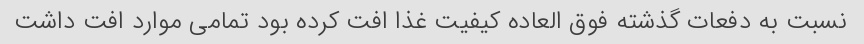
نسبت به دفعات گذشته فوق العاده کیفیت غذا افت کرده بود تمامی موارد افت داشت